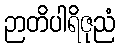
ဉာတိပါရိဇုညံ